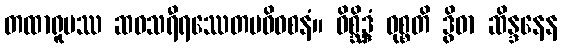
တထာရူပဿ ဆဝသရီရဿေတမဓိဝစနံ။ ဝိစ္ဆိဒ္ဒံ ဝုစ္စတိ ဒွိဓာ ဆိန္ဒနေန